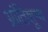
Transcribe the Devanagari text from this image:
भ्रांतिशून्य